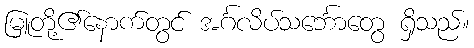
မြူတို့၏နောက်တွင် အင်္ဂလိပ်သင်္ဘောတွေ ရှိသည်။